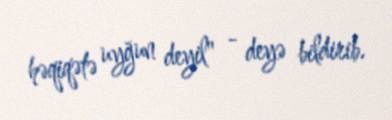
həqiqətə uyğun deyil" - deyə bildirib.